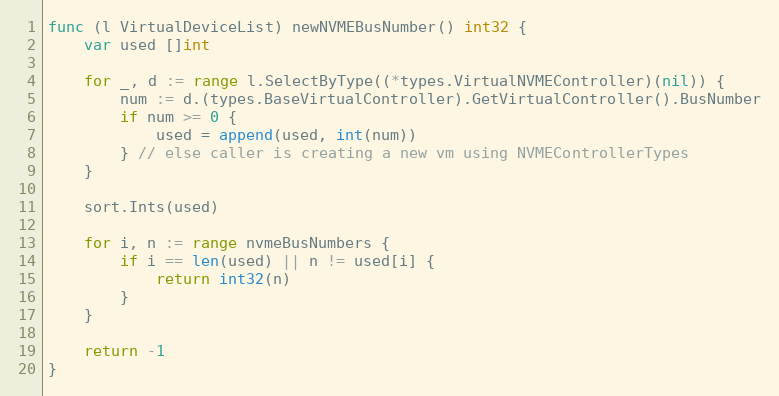
Language: Go
func (l VirtualDeviceList) newNVMEBusNumber() int32 {
	var used []int

	for _, d := range l.SelectByType((*types.VirtualNVMEController)(nil)) {
		num := d.(types.BaseVirtualController).GetVirtualController().BusNumber
		if num >= 0 {
			used = append(used, int(num))
		} // else caller is creating a new vm using NVMEControllerTypes
	}

	sort.Ints(used)

	for i, n := range nvmeBusNumbers {
		if i == len(used) || n != used[i] {
			return int32(n)
		}
	}

	return -1
}